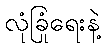
လုံခြုံရေးနဲ့